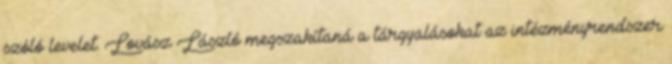
szóló levelet. Lovász László megszakítaná a tárgyalásokat az intézményrendszer